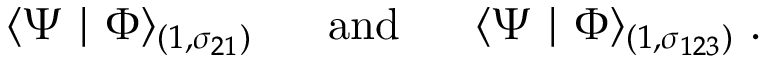
\langle \Psi \mid \Phi \rangle _ { ( 1 , \sigma _ { 2 1 } ) } ~ ~ ~ ~ ~ \mathrm { a n d } ~ ~ ~ ~ ~ \langle \Psi \mid \Phi \rangle _ { ( 1 , \sigma _ { 1 2 3 } ) } ~ .